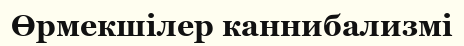
Өрмекшілер каннибализмі